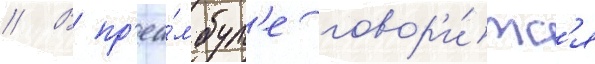
// В пр'еа́мбул'е говор'и́тс'я